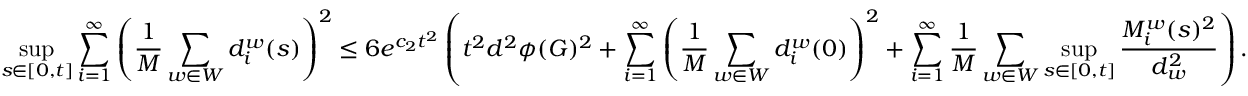
\operatorname* { s u p } _ { s \in [ 0 , t ] } \sum _ { i = 1 } ^ { \infty } \left( \frac { 1 } { M } \sum _ { w \in W } d _ { i } ^ { w } ( s ) \right) ^ { 2 } \leq 6 e ^ { c _ { 2 } t ^ { 2 } } \left( t ^ { 2 } d ^ { 2 } \phi ( G ) ^ { 2 } + \sum _ { i = 1 } ^ { \infty } \left( \frac { 1 } { M } \sum _ { w \in W } d _ { i } ^ { w } ( 0 ) \right) ^ { 2 } + \sum _ { i = 1 } ^ { \infty } \frac { 1 } { M } \sum _ { w \in W } \operatorname* { s u p } _ { s \in [ 0 , t ] } \frac { M _ { i } ^ { w } ( s ) ^ { 2 } } { d _ { w } ^ { 2 } } \right) .